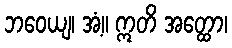
ဘဝေယျ၊ အံ့။ ဣတိ အတ္ထော၊